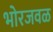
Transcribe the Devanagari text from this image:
भोरजवळ